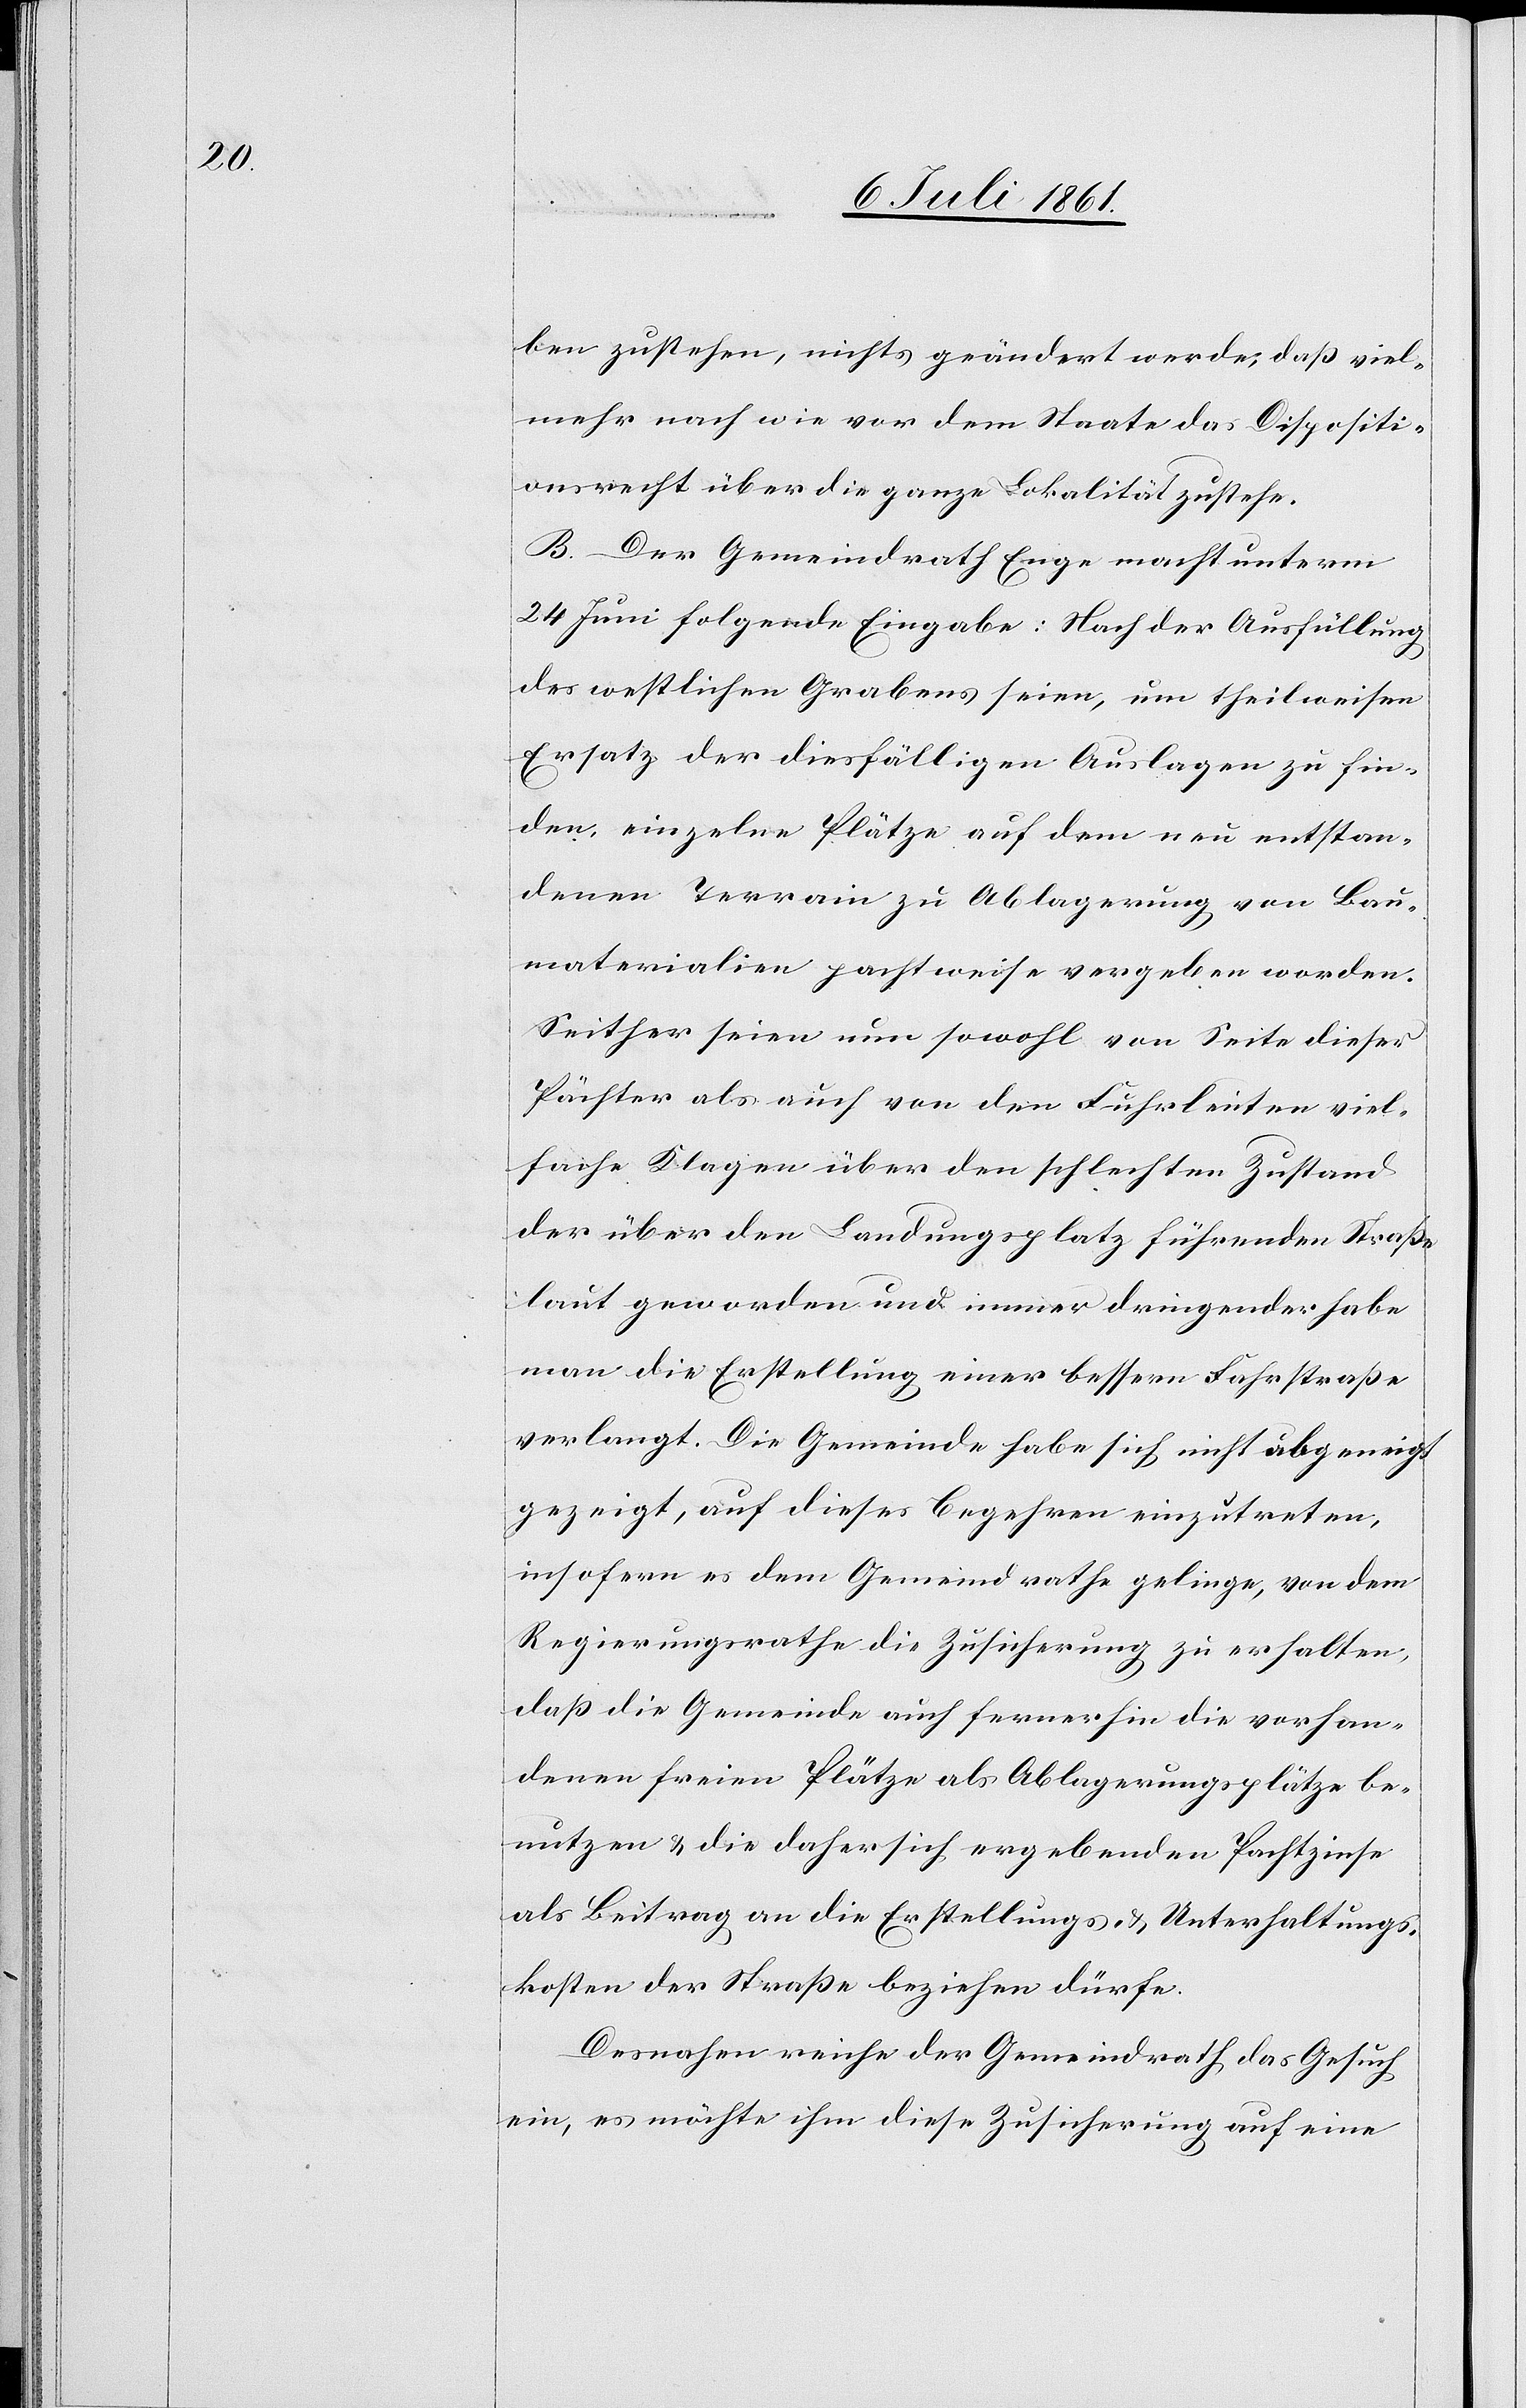
ben zustehen, nichts geändert werde, daß viel¬
mehr nach wie vor dem Staate das Dispositi¬
onsrecht über die ganze Lokalität zustehe.
B. Der Gemeindrath Enge macht unterm
24 Juni folgende Eingabe: Nach der Ausfüllung
des westlichen Grabens seien, um theilweisen
Ersatz der diesfälligen Auslagen zu fin¬
den, einzelne Plätze auf dem neu entstan¬
denen Terrain zu Ablagerung von Bau¬
materialien pachtweise vergeben worden.
Seither seien nun sowohl von Seite dieser
Pächter als auch von den Fuhrleuten viel¬
fache Klagen über den schlechten Zustand
der über den Landungsplatz führenden Straße
laut geworden und immer dringender habe
man die Erstellung einer bessern Fuhrstraße
verlangt. Die Gemeinde habe sich nicht abgeneigt
gezeigt, auf dieses Begehren einzutreten,
insofern es dem Gemeindrathe gelinge, von dem
Regierungsrathe die Zusicherung zu erhalten,
daß die Gemeinde auch fernerhin die vorhan¬
denen freien Plätze als Ablagerungsplätze be¬
nutzen u. die daher sich ergebenden Pachtzinse
als Beitrag an die Erstellungs- u. Unterhaltungs¬
kosten der Straße beziehen dürfe.
Desnahen reiche der Gemeindrath das Gesuch
ein, es möchte ihm diese Zusicherung auf eine